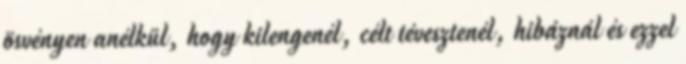
ösvényen anélkül, hogy kilengenél, célt tévesztenél, hibáznál és ezzel